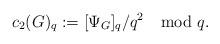
LaTeX: \begin{align*}c_2(G)_q:=[\Psi_G]_q/ q^2 \mod q.\end{align*}